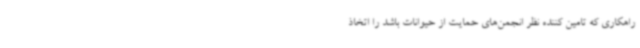
راهکاری که تامین کننده نظر انجمن‌های حمایت از حیوانات باشد را اتخاذ